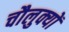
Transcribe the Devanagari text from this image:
चौलुक्यों